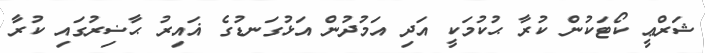
ޝަރްޢީ ކޯޓަކުން ކުރާ ޙުކުމަކީ އަދި އަމުދުން އަޅުގަނޑުގެ ޣައިރު ޙާޟިރުގައި ކުރާ